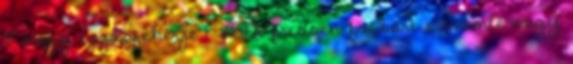
3 nagy tojásfehérje 1 2 tk frissen facsart citromlé vagy